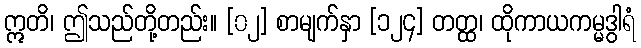
ဣတိ၊ ဤသည်တို့တည်း။ [၀၂] စာမျက်နှာ [၁၂၄] တတ္ထ၊ ထိုကာယကမ္မဒွါရံ